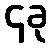
၄ခု